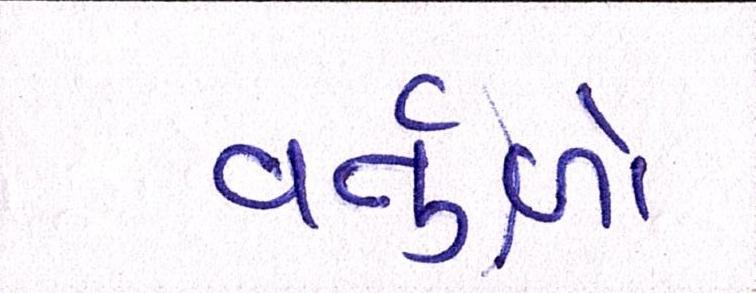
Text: વર્તુળો